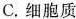
C. 细胞质